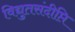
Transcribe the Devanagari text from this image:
विद्युतसंदीप्ति